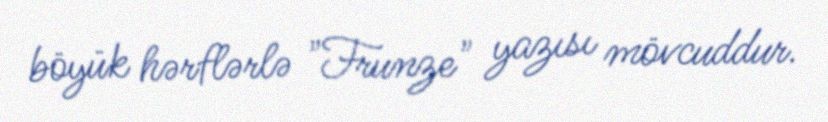
böyük hərflərlə "Frunze" yazısı mövcuddur.